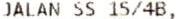
JALAN SS 15/4B,